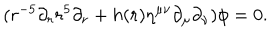
( r ^ { - 5 } \partial _ { r } r ^ { 5 } \partial _ { r } + h ( r ) \eta ^ { \mu \nu } \partial _ { \mu } \partial _ { \nu } ) \phi = 0 .